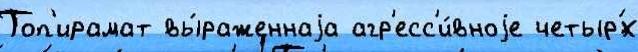
Топ'ирамат вы́раженнаjа агр'есс'и́вноjе четыр'́х